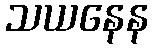
သယနေန